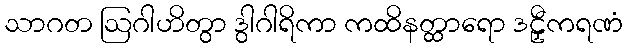
သာဂတ ဩဂါဟိတွာ ဒွါဂါရိကာ ကထိနတ္ထာရော ဒဠှီကရဏံ